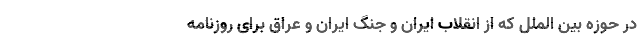
در حوزه بین الملل که از انقلاب ایران و جنگ ایران و عراق برای روزنامه